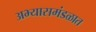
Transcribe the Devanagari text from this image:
अभ्यासमंडळात